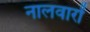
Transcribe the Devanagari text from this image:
नालवारों